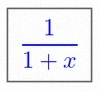
\frac{1}{1+x}